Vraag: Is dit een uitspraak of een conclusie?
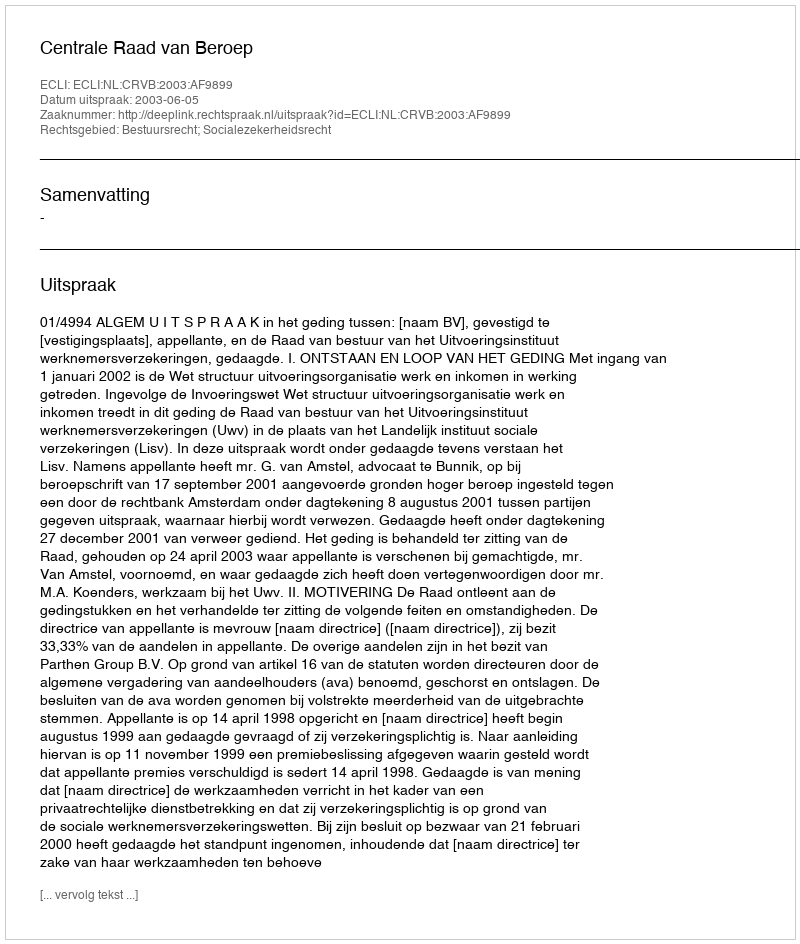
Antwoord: Uitspraak